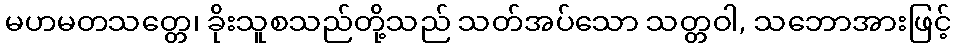
မဟမတသတ္တေ၊ ခိုးသူစသည်တို့သည် သတ်အပ်သော သတ္တဝါ, သဘောအားဖြင့်